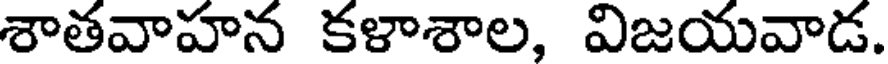
శాతవాహన కళాశాల, విజయవాడ.